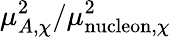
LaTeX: \mu_{A,\chi}^{2}/\mu_{\mathrm{nucleon},\chi}^{2}